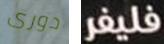
دورى فليفر